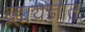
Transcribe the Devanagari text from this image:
ब्र्ह्मयज्ञात